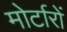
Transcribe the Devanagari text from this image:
मोर्टारों